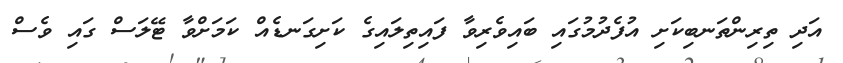
އަދި ތިރިންތަނބިކަށި އުފެދުމުގައި ބައިވެރިވާ ފައިތިލައިގެ ކަށިގަނޑެއް ކަމަށްވާ ޓޭލަސް ގައި ވެސް